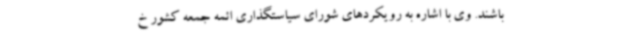
باشند. وی با اشاره به رویکردهای شورای سیاستگذاری ائمه جمعه کشور خ